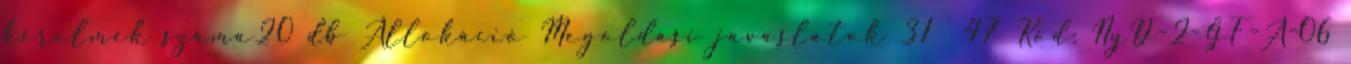
kérelmek száma20 db Allokáció Megoldási javaslatok 31 47 Kód: NyD-2-GF-A-06